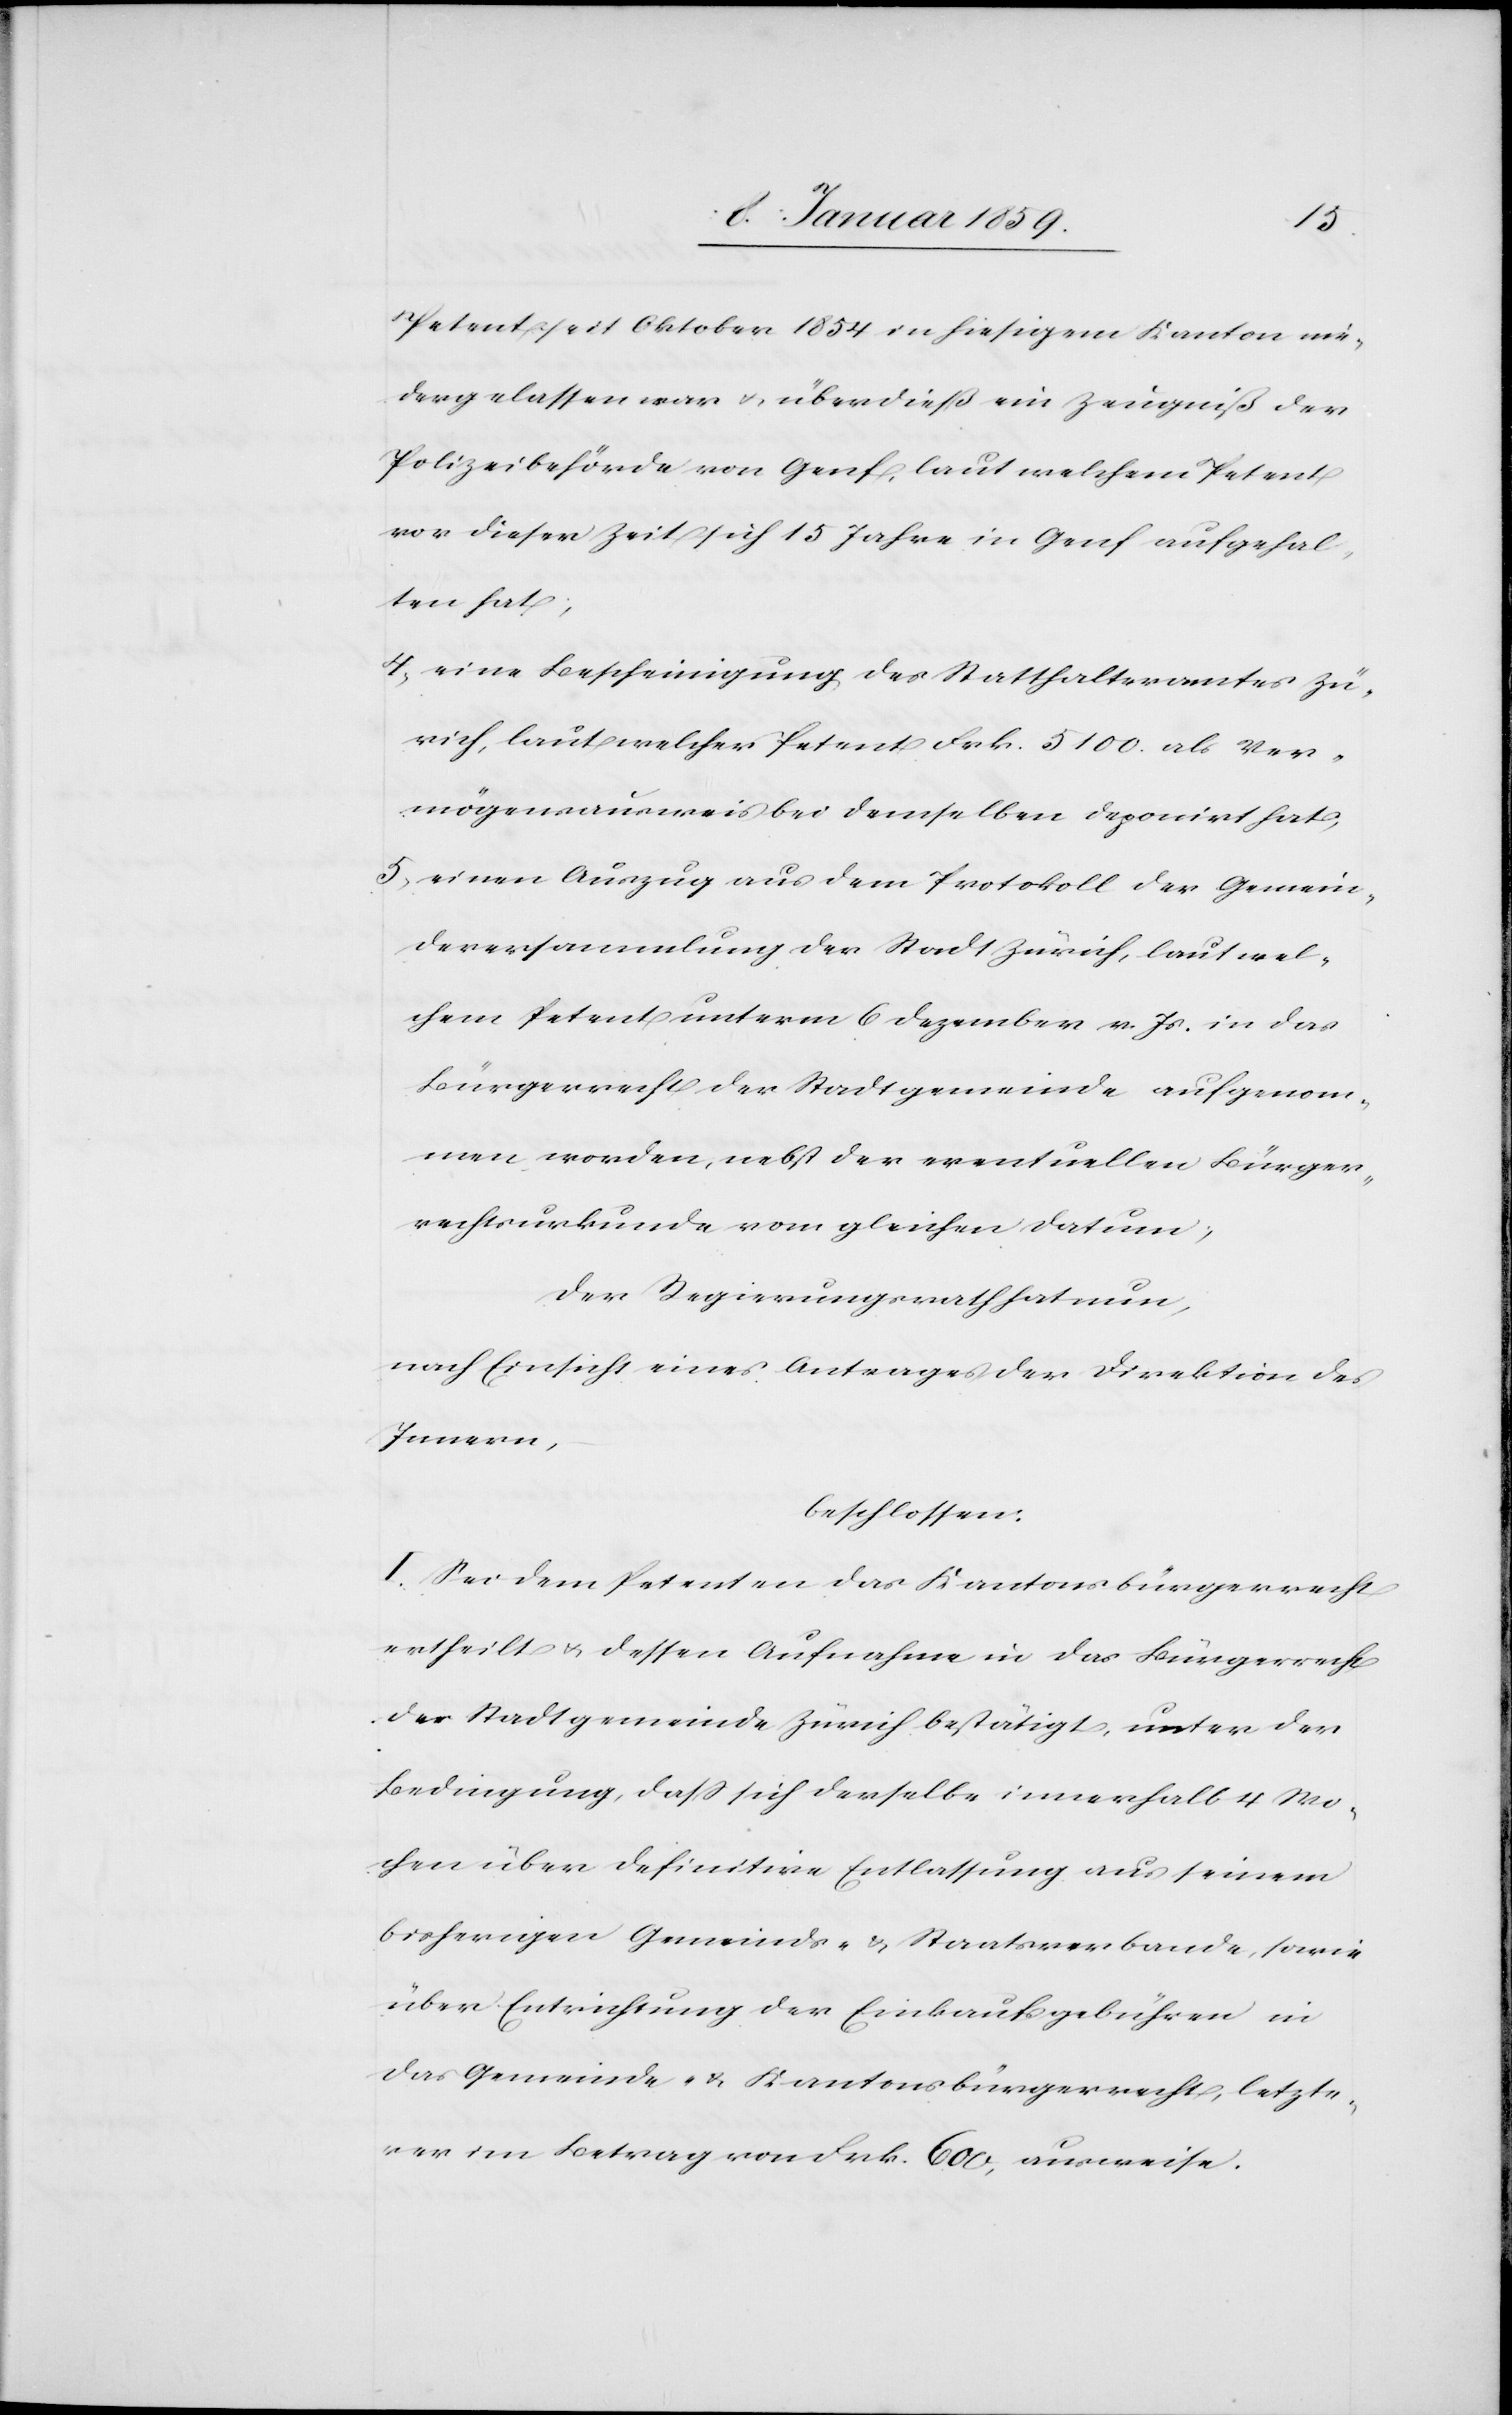
Petent seit Oktober 1854 in hiesigem Kanton nie¬
dergelassen war u. überdieß ein Zeugniß der
Polizeibehörde von Genf, laut welchem Petent
vor dieser Zeit sich 15 Jahre in Genf aufgehal¬
ten hat;
4. eine Bescheinigung des Statthalteramtes Zü¬
rich, laut welcher Petent Frk. 5100. als Ver¬
mögensausweis bei demselben deponirt hat;
5. einen Auszug aus dem Protokoll der Gemein¬
deversammlung der Stadt Zürich, laut wel¬
chem Petent unterm 6 Dezember v. Js. in das
Bürgerrecht der Stadtgemeinde aufgenom¬
men worden, nebst der eventuellen Bürger¬
rechtsurkunde vom gleichen Datum;
der Regierungsrath hat nun,
nach Einsicht eines Antrages der Direktion des
Innern,
beschlossen:
I. Sei dem Petenten das Kantonsbürgerrecht
ertheilt u. dessen Aufnahme in das Bürgerrecht
der Stadtgemeinde Zürich bestätigt, unter der
Bedingung, daß sich derselbe innerhalb 4 Wo¬
chen über definitive Entlassug aus seinem
bisherigen Gemeinds- u. Staatsverbande, sowie
über Entrichtung der Einkaufsgebühren in
das Gemeinde- u. Kantonsbürgerrecht, letzte¬
rer im Betrag von Frk. 600, ausweise.